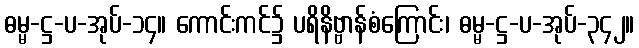
ဓမ္မ-ဋ္ဌ-ပ-အုပ်-၁၄။ ကောင်းကင်၌ ပရိနိဗ္ဗာန်စံကြောင်း၊ ဓမ္မ-ဋ္ဌ-ပ-အုပ်-၃၄၂။